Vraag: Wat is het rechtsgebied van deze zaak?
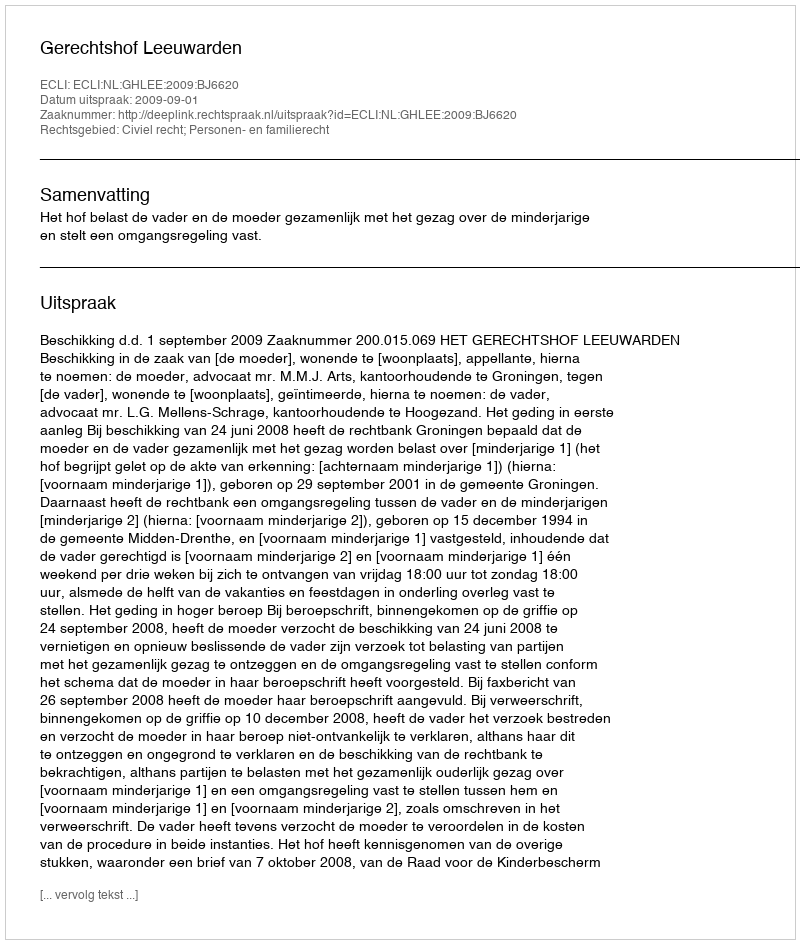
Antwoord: Civiel recht; Personen- en familierecht